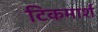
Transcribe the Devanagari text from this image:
टिकमार्श